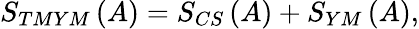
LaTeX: S_{TMYM}\left(A\right)=S_{CS}\left(A\right)+S_{YM}\left(A\right),